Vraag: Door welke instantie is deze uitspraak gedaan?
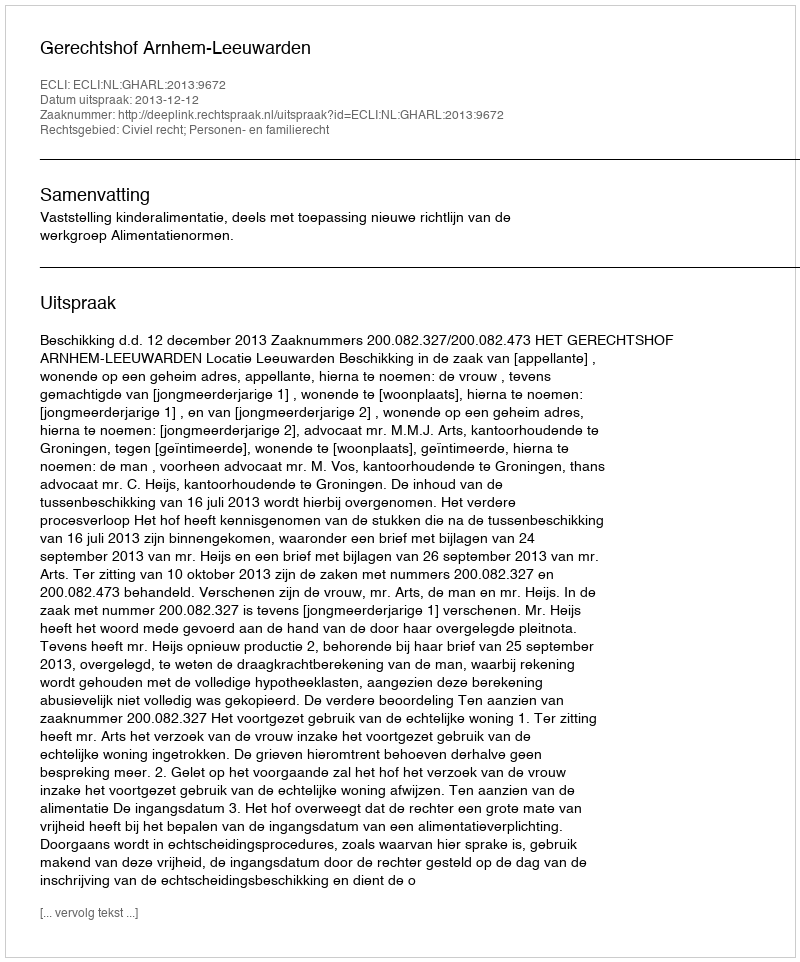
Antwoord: Gerechtshof Arnhem-Leeuwarden